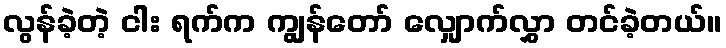
လွန်ခဲ့တဲ့ ငါး ရက်က ကျွန်တော် လျှောက်လွှာ တင်ခဲ့တယ်။